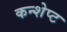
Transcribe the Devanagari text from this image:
कन्शेप्ट